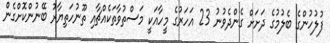
ފުލުހުންގެ ބެލުމުގެ ދަށަށް ގެންދެވުނު 23 އަހަރުގެ މީހާއަކީ މަސްތުވާތަކެއްޗާއި ތޫނުހަތިޔާރު ބޭނުންކޮށްގެން